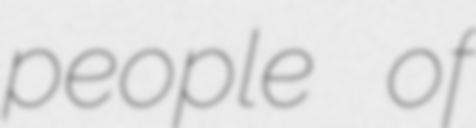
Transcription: people of